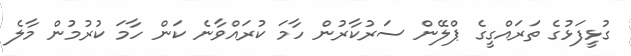
ގުޅީފަޅުގެ ތަރައްގީގެ ޕްލޭން ސަރުކާރުން ހާމަ ކުރައްވާނެ ކަން ހާމަ ކުރުމުން މާލެ